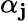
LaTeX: \alpha_{\mathbf{j}}